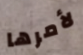
لأمرها